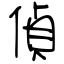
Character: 偵